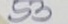
53